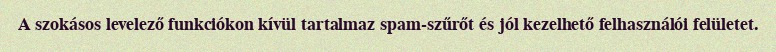
A szokásos levelező funkciókon kívül tartalmaz spam-szűrőt és jól kezelhető felhasználói felületet.